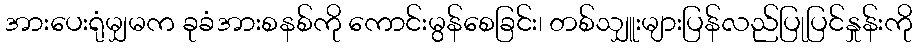
အားပေးရုံမျှမက ခုခံအားစနစ်ကို ကောင်းမွန်စေခြင်း၊ တစ်သျှူးများပြန်လည်ပြုပြင်နှုန်းကို